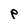
Character: P